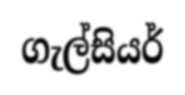
ගැල්සියර්